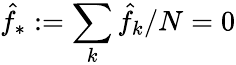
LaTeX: \hat{f}_{*}:=\sum_{k}\hat{f}_{k}/N=0